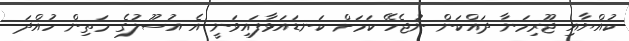
ކުއްޔާއި ޖޫރިމަނާ ދައްކަން ނުޖެހޭ ކަމަށް ކަނޑައަޅާފައިވަނީ އެ އުސޫލުގެ މަތިން ހުއްދަ